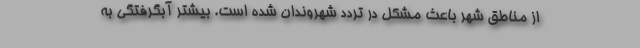
از مناطق شهر باعث مشکل در تردد شهروندان شده است. بیشتر آبگرفتگی به